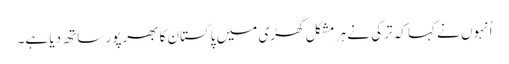
اُنہوں نے کہا کہ ترکی نے ہر مشکل گھڑی میں پاکستان کا بھرپور ساتھ دیا ہے۔